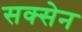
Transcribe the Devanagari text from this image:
सक्सेन